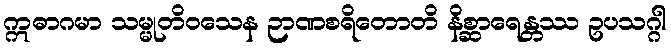
ဣဓာဂမာ သမ္မုတိဝသေန ဉာဏစရိတောတိ နိစ္ဆာရေန္တဿ ဥပသဂ္ဂါ